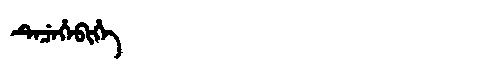
Manchu: ᡨᡝᠴᡝᡥᡝᠪᡳᡥᡝ
Romanization: TECEHEBIHE